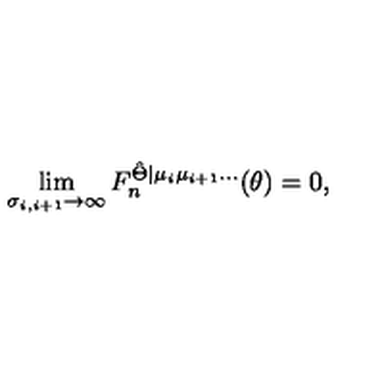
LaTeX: \lim _ { \sigma _ { i , i + 1 } \rightarrow \infty } F _ { n } ^ { \hat { \Theta } | \mu _ { i } \mu _ { i + 1 } \ldots } ( \theta ) = 0 ,